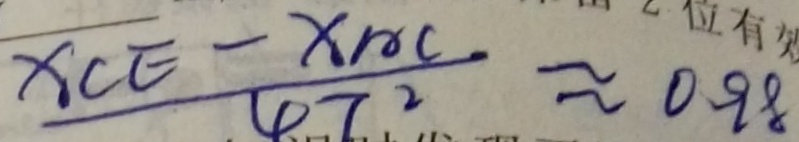
\frac { X C E - X A C } { 4 7 ^ { 2 } } \approx 0 . 9 8